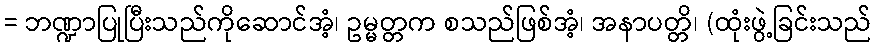
= ဘဏ္ဍာပြုပြီးသည်ကိုဆောင်အံ့၊ ဥမ္မတ္တက စသည်ဖြစ်အံ့၊ အနာပတ္တိ၊ (ထုံးဖွဲ့ခြင်းသည်